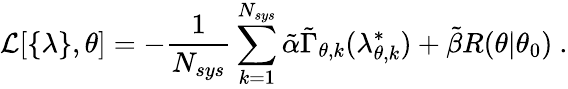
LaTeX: \mathcal{L}[\{ \lambda\} ,\theta]=-\frac{1}{N_{sys}}\sum_{k=1}^{N_{sys}}\tilde{\alpha}\tilde{\Gamma}_{\theta,k}(\lambda_{\theta,k}^{*})+\tilde{\beta}R(\theta|\theta_{0})~.